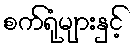
စက်ရုံများနှင့်